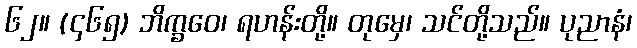
၆၂။ (၄၆၅) ဘိက္ခဝေ၊ ရဟန်းတို့။ တုမှေ၊ သင်တို့သည်။ ပုညာနံ၊